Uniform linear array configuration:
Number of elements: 24
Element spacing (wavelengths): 0.5
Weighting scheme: hamming
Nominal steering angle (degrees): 45
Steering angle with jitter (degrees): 44.93
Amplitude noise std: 0.05
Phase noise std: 0.05

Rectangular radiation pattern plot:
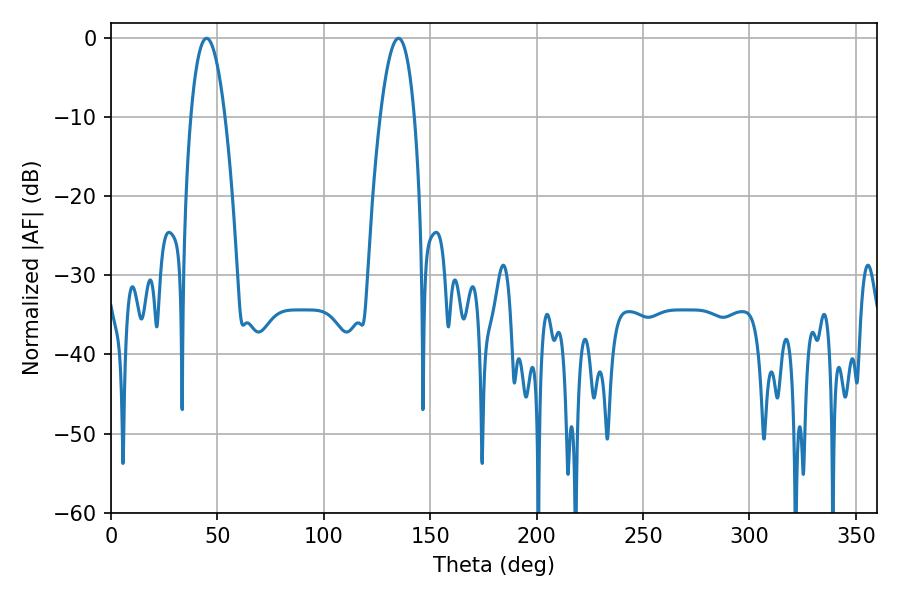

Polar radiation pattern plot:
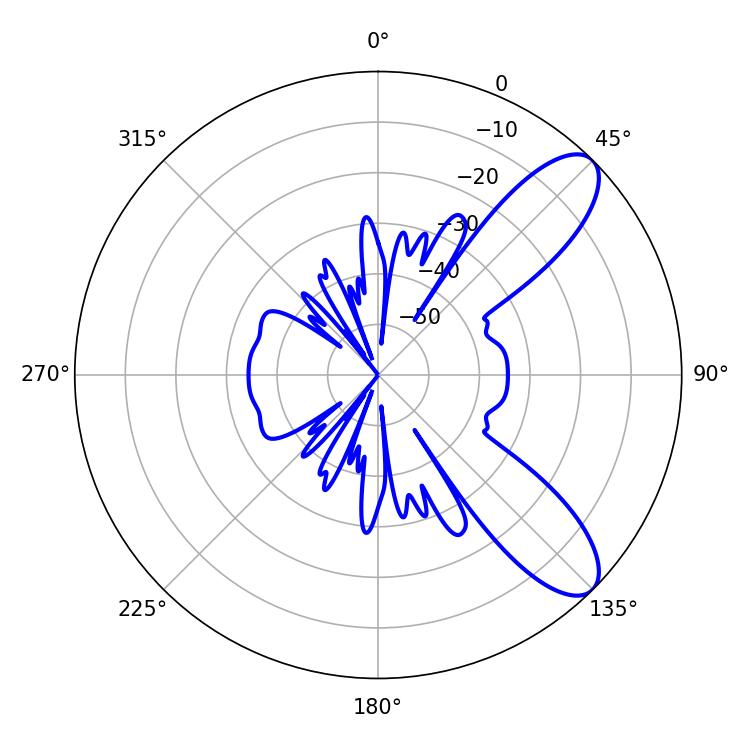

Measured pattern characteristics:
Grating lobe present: FALSE
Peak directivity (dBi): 9.284
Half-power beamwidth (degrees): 8.82
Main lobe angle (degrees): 45